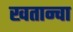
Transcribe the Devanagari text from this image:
खतान्चा